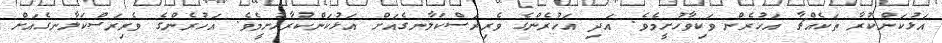
އަޅުކަންކުރާ ތަކެއްޗާ އަހުރެން ވަކިވާހުށީމެވެ. އަދި އަހުރެންގެ ވެރިރަސްކަލާނގެއަށް އަޅުކަންކުރާހުށީމެވެ. އަހުރެންގެ ވެރިރަސްކަލާނގެއަށް